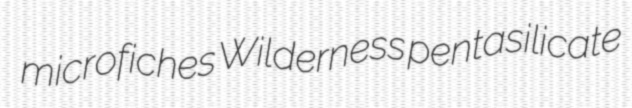
microfiches Wilderness pentasilicate